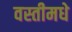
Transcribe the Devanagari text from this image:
वस्तीमधे